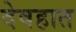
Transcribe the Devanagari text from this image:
देवहात